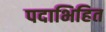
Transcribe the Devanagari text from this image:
पदाभिहित